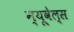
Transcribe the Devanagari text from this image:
न्यूवेल्स